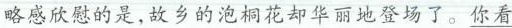
感欣慰的是,故乡的泡桐花却华丽地登场了。\underline{你看}